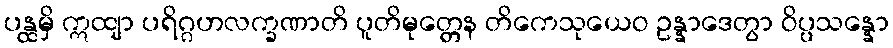
ပန္ထမှိ ဣထျာ ပရိဂ္ဂဟလက္ခဏာတိ ပူတိမုတ္တေန တိကေသုယေဝ ဥန္နာဒေတွာ ဝိပ္ပသန္နော